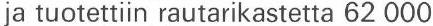
ja tuotettiin rautarikastetta 62000